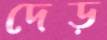
দেড়